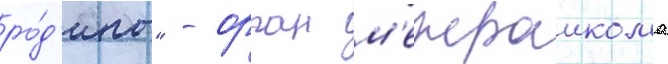
ро́д'ины" - орган м'ежраикома